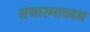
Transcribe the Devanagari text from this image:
संचारमाध्यम